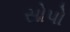
સોપો